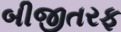
બીજીતરફ